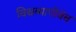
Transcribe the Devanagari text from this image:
विश्वव्यापीवेब